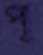
প্